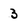
Character: 3